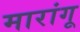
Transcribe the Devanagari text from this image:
मारांगू